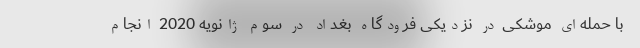
با حمله‌ای موشکی در نزدیکی فرودگاه بغداد در سوم ژانویه 2020 انجام